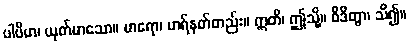
ပါပိမာ၊ ယုတ်မာသော။ မာရော၊ မာရ်နတ်တည်း။ ဣတိ၊ ဤသို့။ ဝိဒိတွာ၊ သိ၍။